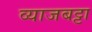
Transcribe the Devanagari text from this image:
व्याजबट्टा